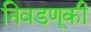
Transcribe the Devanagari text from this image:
निवडणूकी